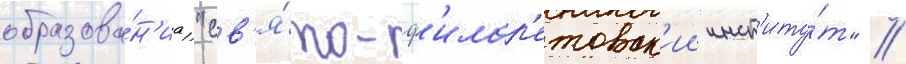
образова́н'иа "св'я́то-ф'илар'етовск'ии инст'иту́т" //